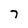
Character: 7